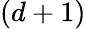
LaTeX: (d+1)